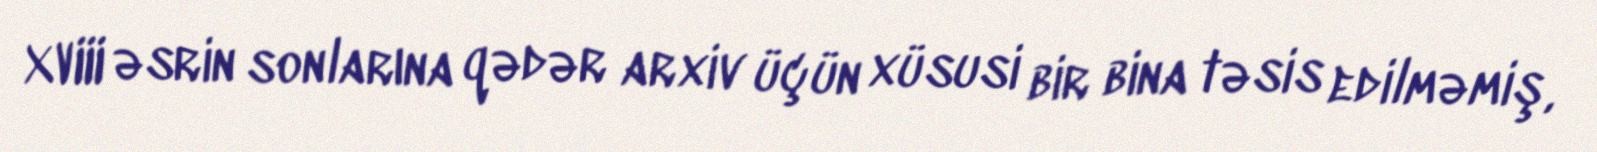
XVIII əsrin sonlarına qədər arxiv üçün xüsusi bir bina təsis edilməmiş,